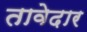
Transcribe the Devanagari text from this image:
तावेदार